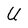
Character: U